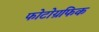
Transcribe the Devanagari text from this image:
फोटोग्रफिक